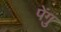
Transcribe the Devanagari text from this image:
पेंगु